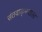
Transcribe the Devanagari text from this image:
संतवाङ्मयाला